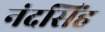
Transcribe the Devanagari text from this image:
नंदसिंह